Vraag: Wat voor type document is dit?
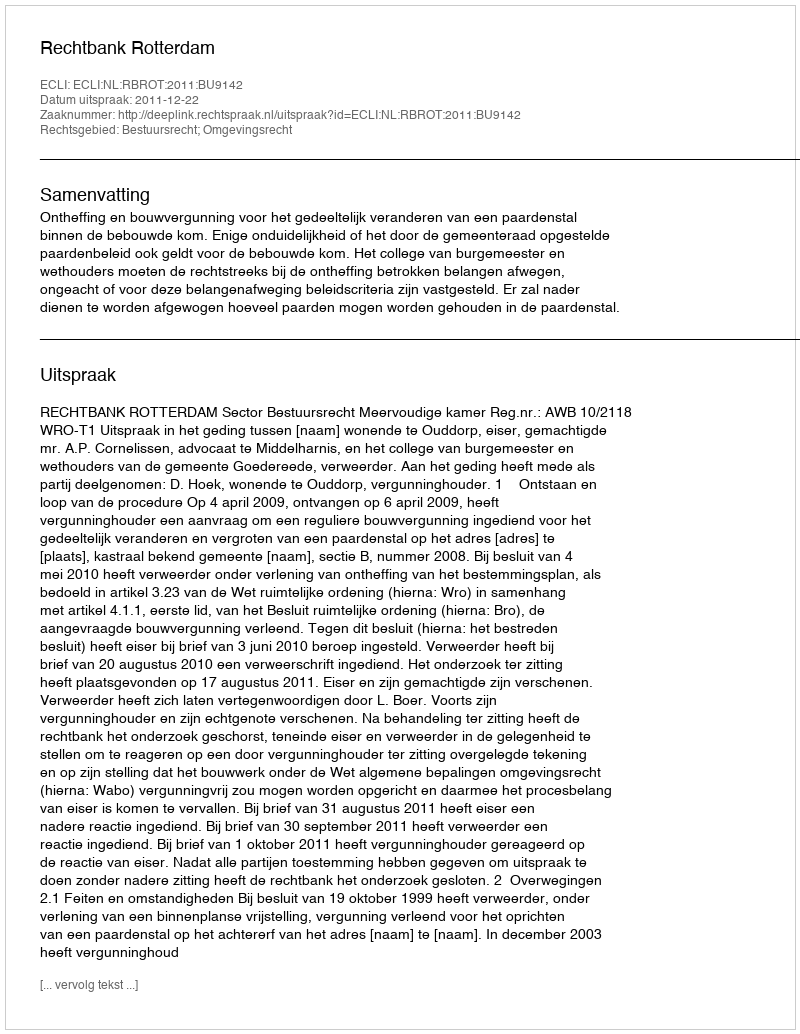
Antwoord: Uitspraak